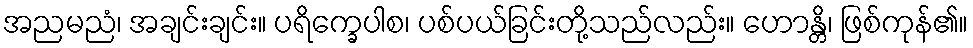
အညမညံ၊ အချင်းချင်း။ ပရိက္ခေပါစ၊ ပစ်ပယ်ခြင်းတို့သည်လည်း။ ဟောန္တိ၊ ဖြစ်ကုန်၏။